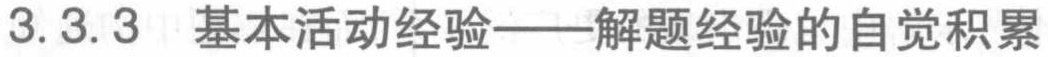
3.3.3 基本活动经验——解题经验的自觉积累